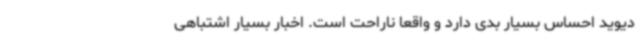
دیوید احساس بسیار بدی دارد و واقعا ناراحت است. اخبار بسیار اشتباهی